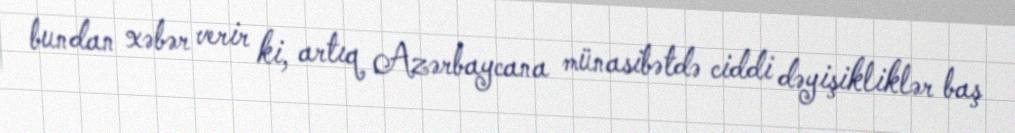
bundan xəbər verir ki, artıq Azərbaycana münasibətdə ciddi dəyişikliklər baş